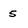
Character: s